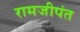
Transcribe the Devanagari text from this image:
रामजीपंत